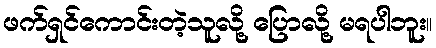
ဖက်ရှင်ကောင်းတဲ့သူလို့ ပြောလို့ မရပါဘူး။